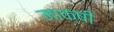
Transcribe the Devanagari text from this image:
माक्षी